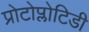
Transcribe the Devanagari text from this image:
प्रोटोप्लोटिडी